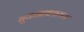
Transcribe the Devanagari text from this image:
सुकब्रह्माश्रमम